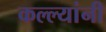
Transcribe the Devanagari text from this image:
कल्ल्यांनी